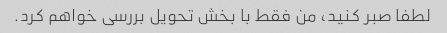
لطفا صبر کنید، من فقط با بخش تحویل بررسی خواهم کرد.